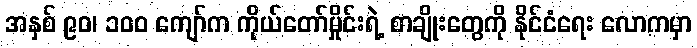
အနှစ် ၉၀၊ ၁၀၀ ကျော်က ကိုယ်တော်မှိုင်းရဲ့ စာချိုးတွေကို နိုင်ငံရေး လောကမှာ